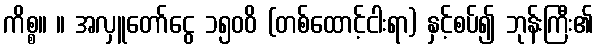
ကိစ္စ။ ။ အလှူတော်ငွေ ၁၅၀၀ိ (တစ်ထောင့်ငါးရာ) နှင့်စပ်၍ ဘုန်းကြီး၏